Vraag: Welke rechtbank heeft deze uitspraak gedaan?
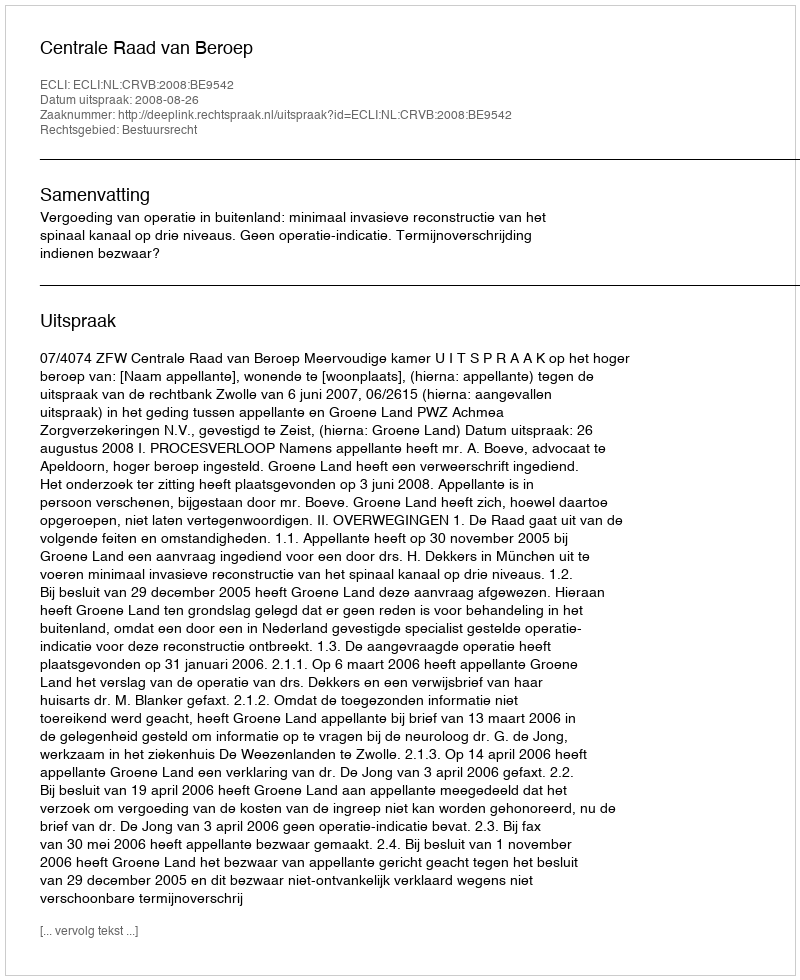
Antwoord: Centrale Raad van Beroep